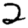
Digit: 2